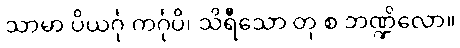
သာမာ ပိယင်္ဂု ကင်္ဂုပိ၊ သိရီသော တု စ ဘဏ္ဍိလော။